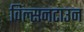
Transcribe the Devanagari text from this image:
विल्सनटाउन